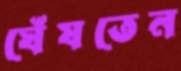
ঘেঁষতেন